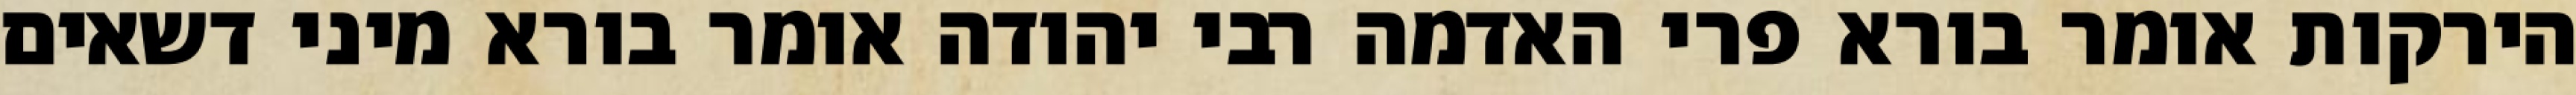
הירקות אומר בורא פרי האדמה רבי יהודה אומר בורא מיני דשאים